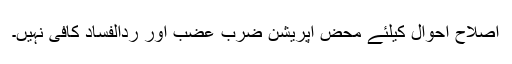
اصلاح احوال کیلئے محض آپریشن ضرب عضب اور ردالفساد کافی نہیں۔